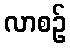
လာစဉ်